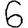
Digit: 6